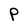
Character: P